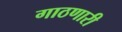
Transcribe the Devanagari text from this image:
गाठणारी